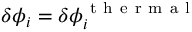
\delta \phi _ { i } = \delta \phi _ { i } ^ { \mathrm { ~ t ~ h ~ e ~ r ~ m ~ a ~ l ~ } }